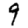
Digit: 9